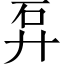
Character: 𥐧